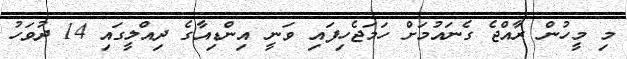
މި މީހުން ރާއްޖެ ގެނައުމަށް ހަމަޖެހިފައި ވަނީ އިންޑިއާގެ ދިއްލީގައި 14 ދުވަހު